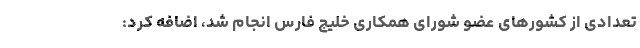
تعدادی از کشورهای عضو شورای همکاری خلیج فارس انجام شد، اضافه کرد: